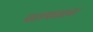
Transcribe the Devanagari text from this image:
चलयमान